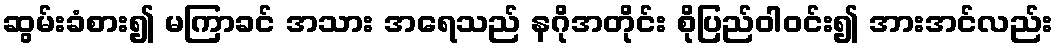
ဆွမ်းခံစား၍ မကြာခင် အသား အရေသည် နဂိုအတိုင်း စိုပြည်ဝါဝင်း၍ အားအင်လည်း